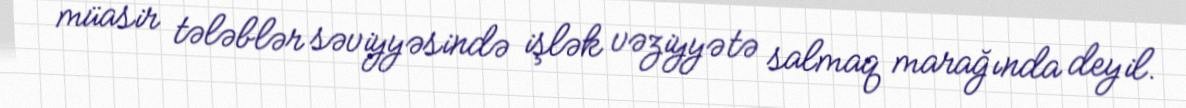
müasir tələblər səviyyəsində işlək vəziyyətə salmaq marağında deyil.